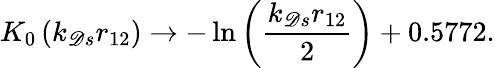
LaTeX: K_{0}\left(k_{\mathscr{D}s}r_{12}\right)\rightarrow-\ln\left({\frac{{k_{\mathscr{D}s}r_{12}}}{{2}}}\right)+0.5772.